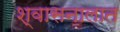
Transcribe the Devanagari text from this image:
श्वासनालात